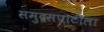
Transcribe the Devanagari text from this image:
समुद्रसपाटीला